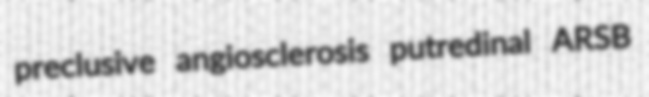
preclusive angiosclerosis putredinal ARSB